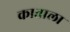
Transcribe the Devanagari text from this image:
काताला